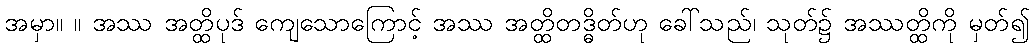
အမှာ။ ။ အဿ အတ္ထိပုဒ် ကျေသောကြောင့် အဿ အတ္ထိတဒ္ဓိတ်ဟု ခေါ်သည်၊ သုတ်၌ အဿတ္ထိကို မှတ်၍